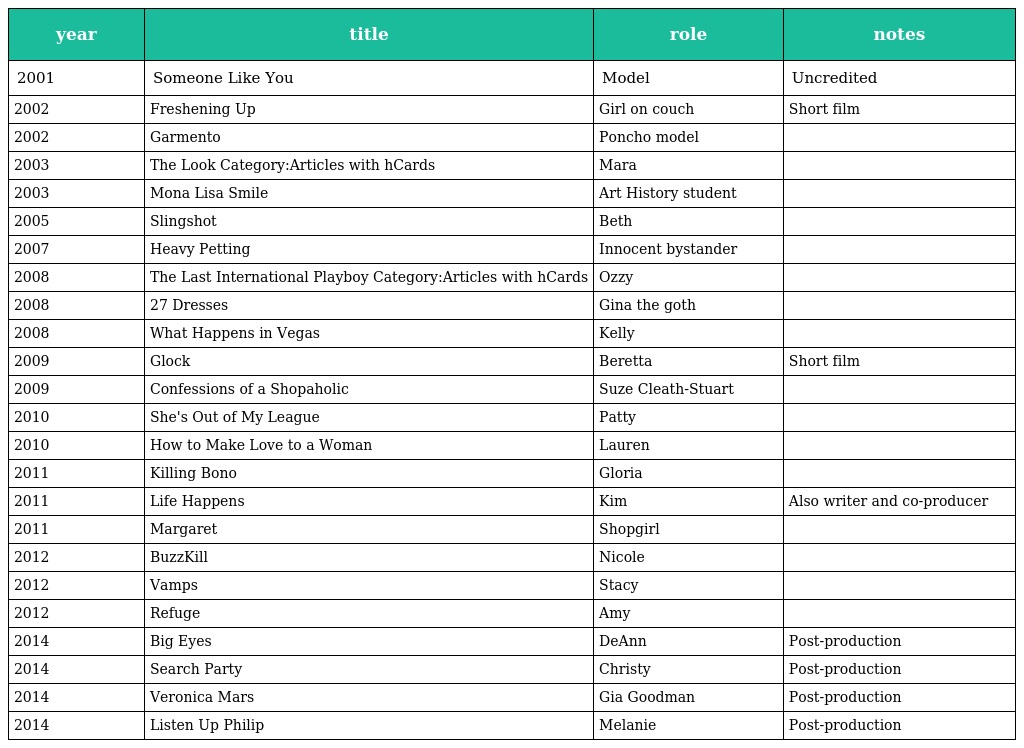
| year | title | role | notes |
 | --- | --- | --- | --- |
 | 2001 | Someone Like You | Model | Uncredited |
 | 2002 | Freshening Up | Girl on couch | Short film |
 | 2002 | Garmento | Poncho model |  |
 | 2003 | The Look Category:Articles with hCards | Mara |  |
 | 2003 | Mona Lisa Smile | Art History student |  |
 | 2005 | Slingshot | Beth |  |
 | 2007 | Heavy Petting | Innocent bystander |  |
 | 2008 | The Last International Playboy Category:Articles with hCards | Ozzy |  |
 | 2008 | 27 Dresses | Gina the goth |  |
 | 2008 | What Happens in Vegas | Kelly |  |
 | 2009 | Glock | Beretta | Short film |
 | 2009 | Confessions of a Shopaholic | Suze Cleath-Stuart |  |
 | 2010 | She's Out of My League | Patty |  |
 | 2010 | How to Make Love to a Woman | Lauren |  |
 | 2011 | Killing Bono | Gloria |  |
 | 2011 | Life Happens | Kim | Also writer and co-producer |
 | 2011 | Margaret | Shopgirl |  |
 | 2012 | BuzzKill | Nicole |  |
 | 2012 | Vamps | Stacy |  |
 | 2012 | Refuge | Amy |  |
 | 2014 | Big Eyes | DeAnn | Post-production |
 | 2014 | Search Party | Christy | Post-production |
 | 2014 | Veronica Mars | Gia Goodman | Post-production |
 | 2014 | Listen Up Philip | Melanie | Post-production |